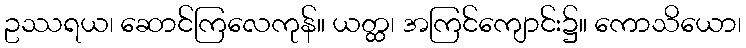
ဥဿရယ၊ ဆောင်ကြလေကုန်။ ယတ္ထ၊ အကြင်ကျောင်း၌။ ကောသိယော၊